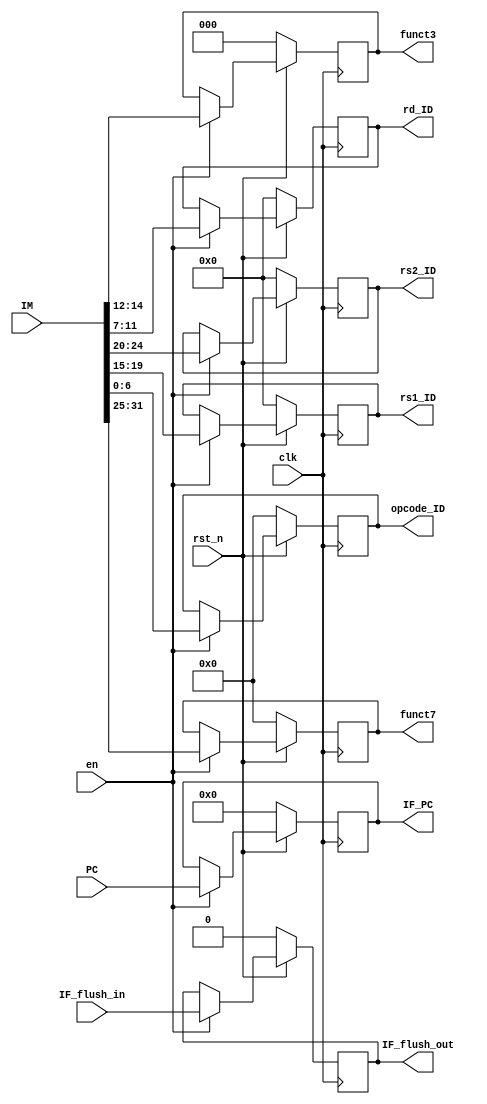
module IF(
    input [31:0] IM, 
    input [31:0] PC, 
    input IF_flush_in,
    input en,
    input clk,
    input rst_n,
    output reg [6:0] opcode_ID, 
    output reg [4:0] rs1_ID, 
    output reg [4:0] rs2_ID, 
    output reg [4:0] rd_ID,
    output reg IF_flush_out,
    output reg [2:0] funct3,
    output reg [6:0] funct7,
    output reg [31:0] IF_PC );

    reg [31:0] IF_inst; // from IM
    reg IF_flush; // set 1 normally

    always@(posedge clk)
    begin
      if(!rst_n)
        begin
    		  opcode_ID<=0; 
    		  rs1_ID<=0; 
    		  rs2_ID<=0; 
    		  rd_ID<=0;
          IF_flush_out<=0;
    		  funct3<=0;
    		  funct7<=0;
    		  IF_PC<=0;
        end
        else 
          begin
            if(en)
              begin
              	opcode_ID<=IM[6:0]; 
    			      rs1_ID<=IM[19:15]; 
    			      rs2_ID<=IM[24:20]; 
    			      rd_ID<=IM[11:7];
                IF_flush_out<=IF_flush_in;
    			      funct3<=IM[14:12];
    			      funct7<=IM[31:25];
    			      IF_PC<=PC;
              end
          end
    end

endmodule